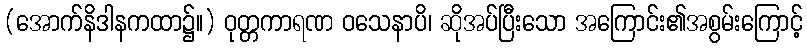
(အောက်နိဒါနကထာ၌။) ဝုတ္တကာရဏ ဝသေနာပိ၊ ဆိုအပ်ပြီးသော အကြောင်း၏အစွမ်းကြောင့်